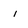
Character: i